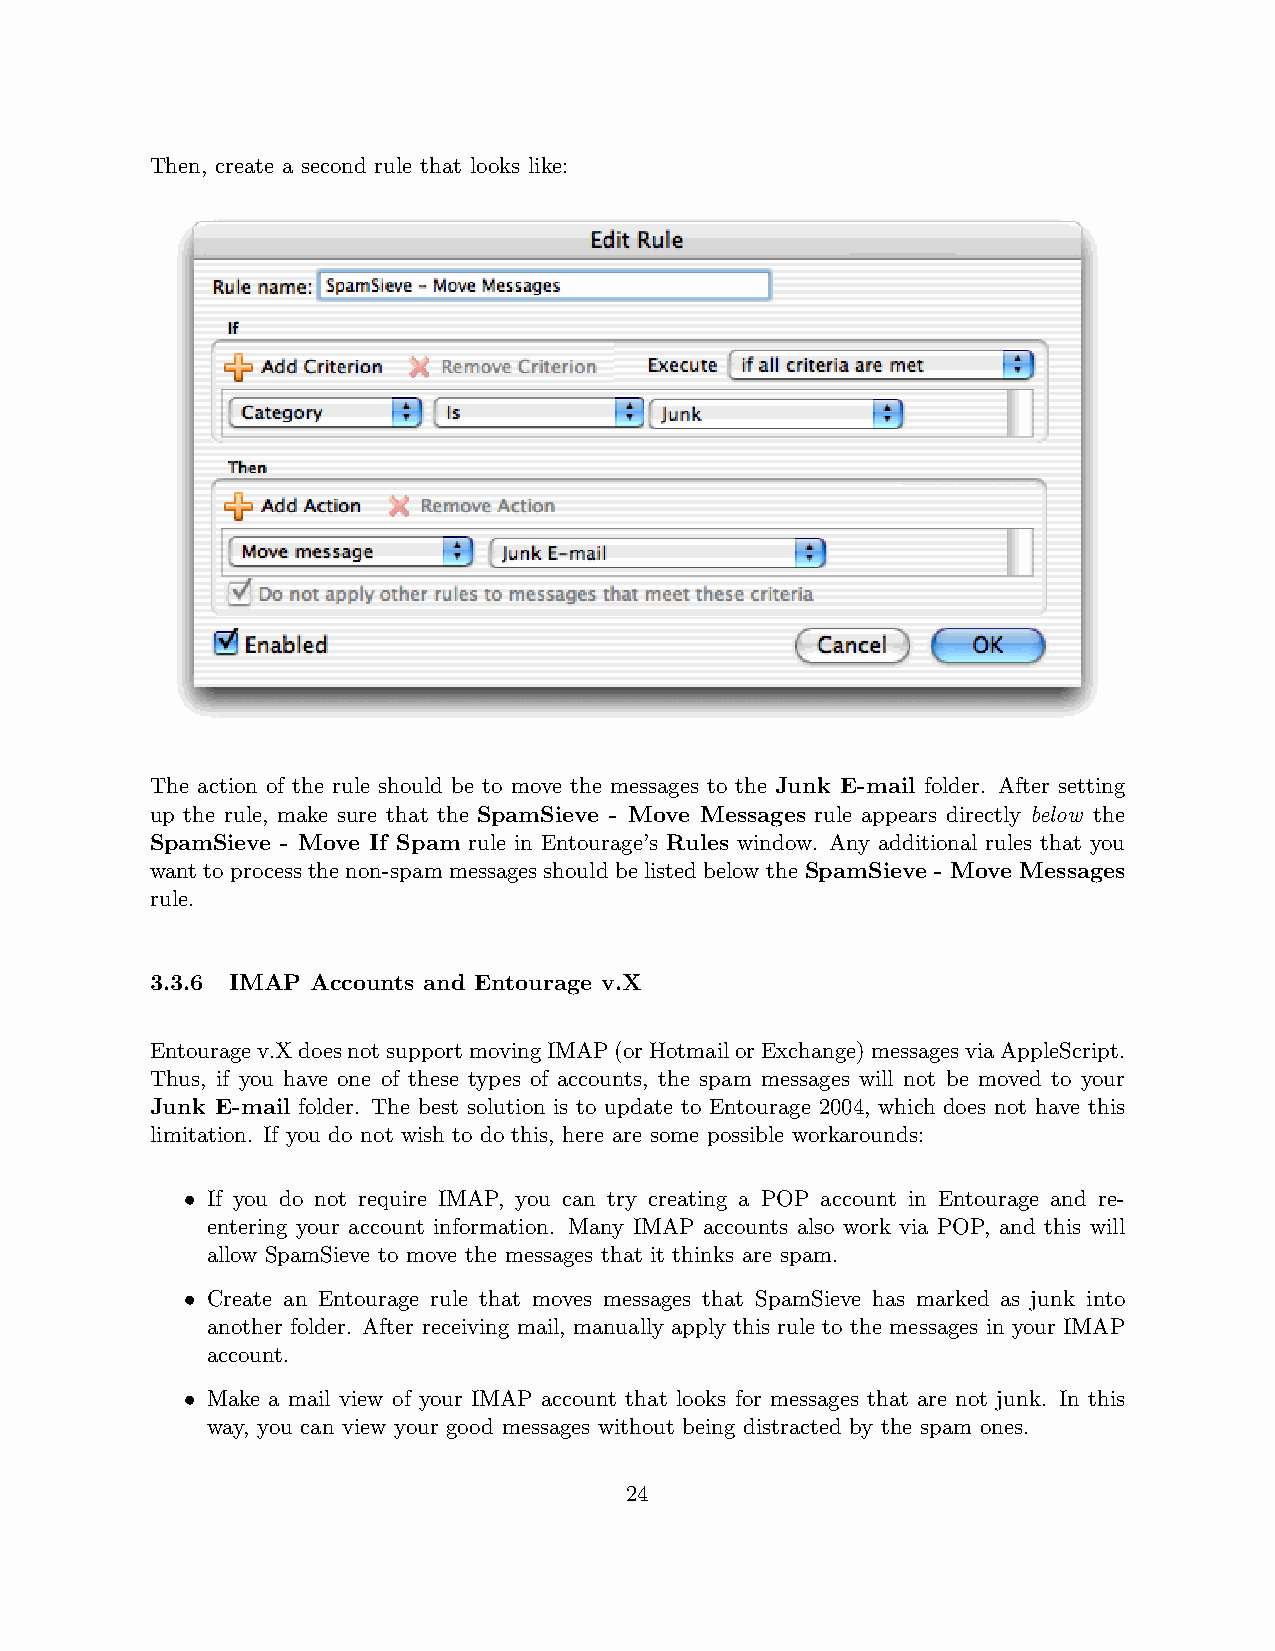
Then, create a second rule that looks like:
 The action of the rule should be to move the messages to the Junk E-mail folder. After setting
 up the rule, make sure that the SpamSieve - Move Messages rule appears directly below the
 SpamSieve - Move If Spam rule in Entourage’s Rules window. Any additional rules that you
 want to process the non-spam messages should be listedbelow the SpamSieve - Move Messages
 rule.
 3.3.6 IMAP Accounts and Entourage v.X
 Entouragev.XdoesnotsupportmovingIMAP(orHotmailorExchange)messagesviaAppleScript.
 Thus, if you have one of these types of accounts, the spam messages will not be moved to your
 Junk E-mail folder. The best solution is to update to Entourage 2004, which does not have this
 limitation. If you do not wish to do this, here are some possible workarounds:
 • If you do not require IMAP, you can try creating a POP account in Entourage and re-
 entering your account information. Many IMAP accounts also work via POP, and this will
 allow SpamSieve to move the messages that it thinks are spam.
 • Create an Entourage rule that moves messages that SpamSieve has marked as junk into
 another folder. After receiving mail, manually apply this rule to the messages in your IMAP
 account.
 • Make a mail view of your IMAP account that looks for messages that are not junk. In this
 way, you can view your good messages without being distracted by the spam ones.
 24